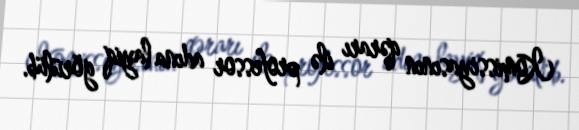
Komissiyasının qərarı ilə professor adına layiq görülüb.